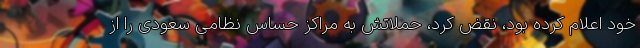
خود اعلام کرده بود، نقض کرد، حملاتش به مراکز حساس نظامی سعودی را از